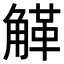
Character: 𧤒